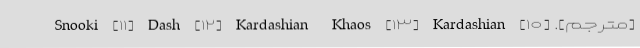
[مترجم]. [۱۰] Snooki [۱۱] Dash [۱۲] Kardashian Khaos [۱۳] Kardashian